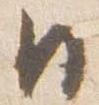
日